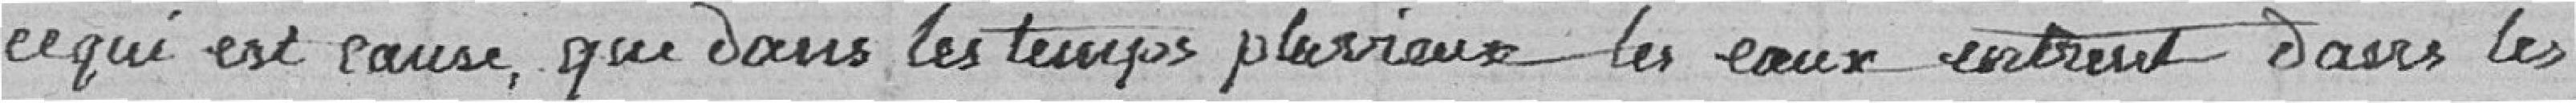
ce qui est cause que dans les temps pluvieux les eaux entrent dans les